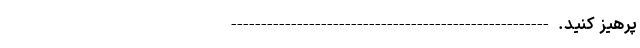
پرهیز کنید. -----------------------------------------------------